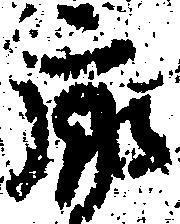
廓